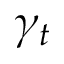
\gamma _ { t }